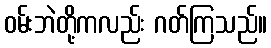
ဝမ်းဘဲတို့ကလည်း ဂတ်ကြသည်။